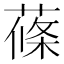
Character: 蓧